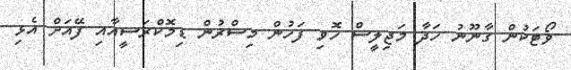
ވޯޓަކުން ގާނޫނު ހަދާ މަޖިލީސް ހޮވި ފަހުން މިސްރުން ޑިމޮކްރަސީއާއި ފޭއަށް އެޅި